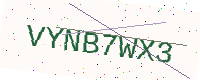
Text: VYNB7WX3